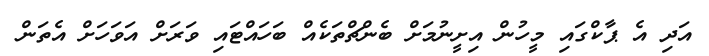
އަދި އެ ޕާކްގައި މީހުން އިށީނުމަށް ބެންޗްތަކެއް ބަހައްޓައި ވަރަށް އަވަހަށް އެތަން